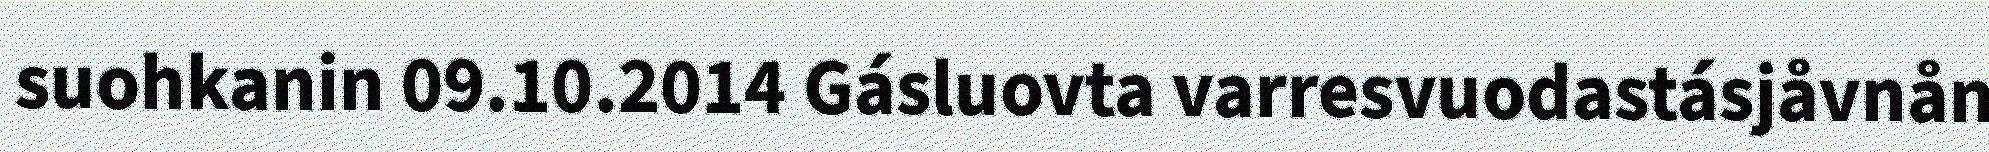
suohkanin 09.10.2014 Gásluovta varresvuodastásjåvnån